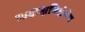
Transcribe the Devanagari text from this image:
कटाक्षनिक्षेपेण